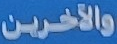
والآخرين